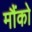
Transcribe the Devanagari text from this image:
मौंको